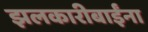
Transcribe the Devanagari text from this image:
झलकारीबाईंना